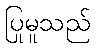
ပြုမူသည်